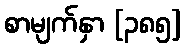
စာမျက်နှာ [၃၈၅]